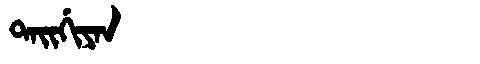
Manchu: ᡨᠠᡳᡤᡳᠶᠠᠨ
Romanization: TAIGIYAN